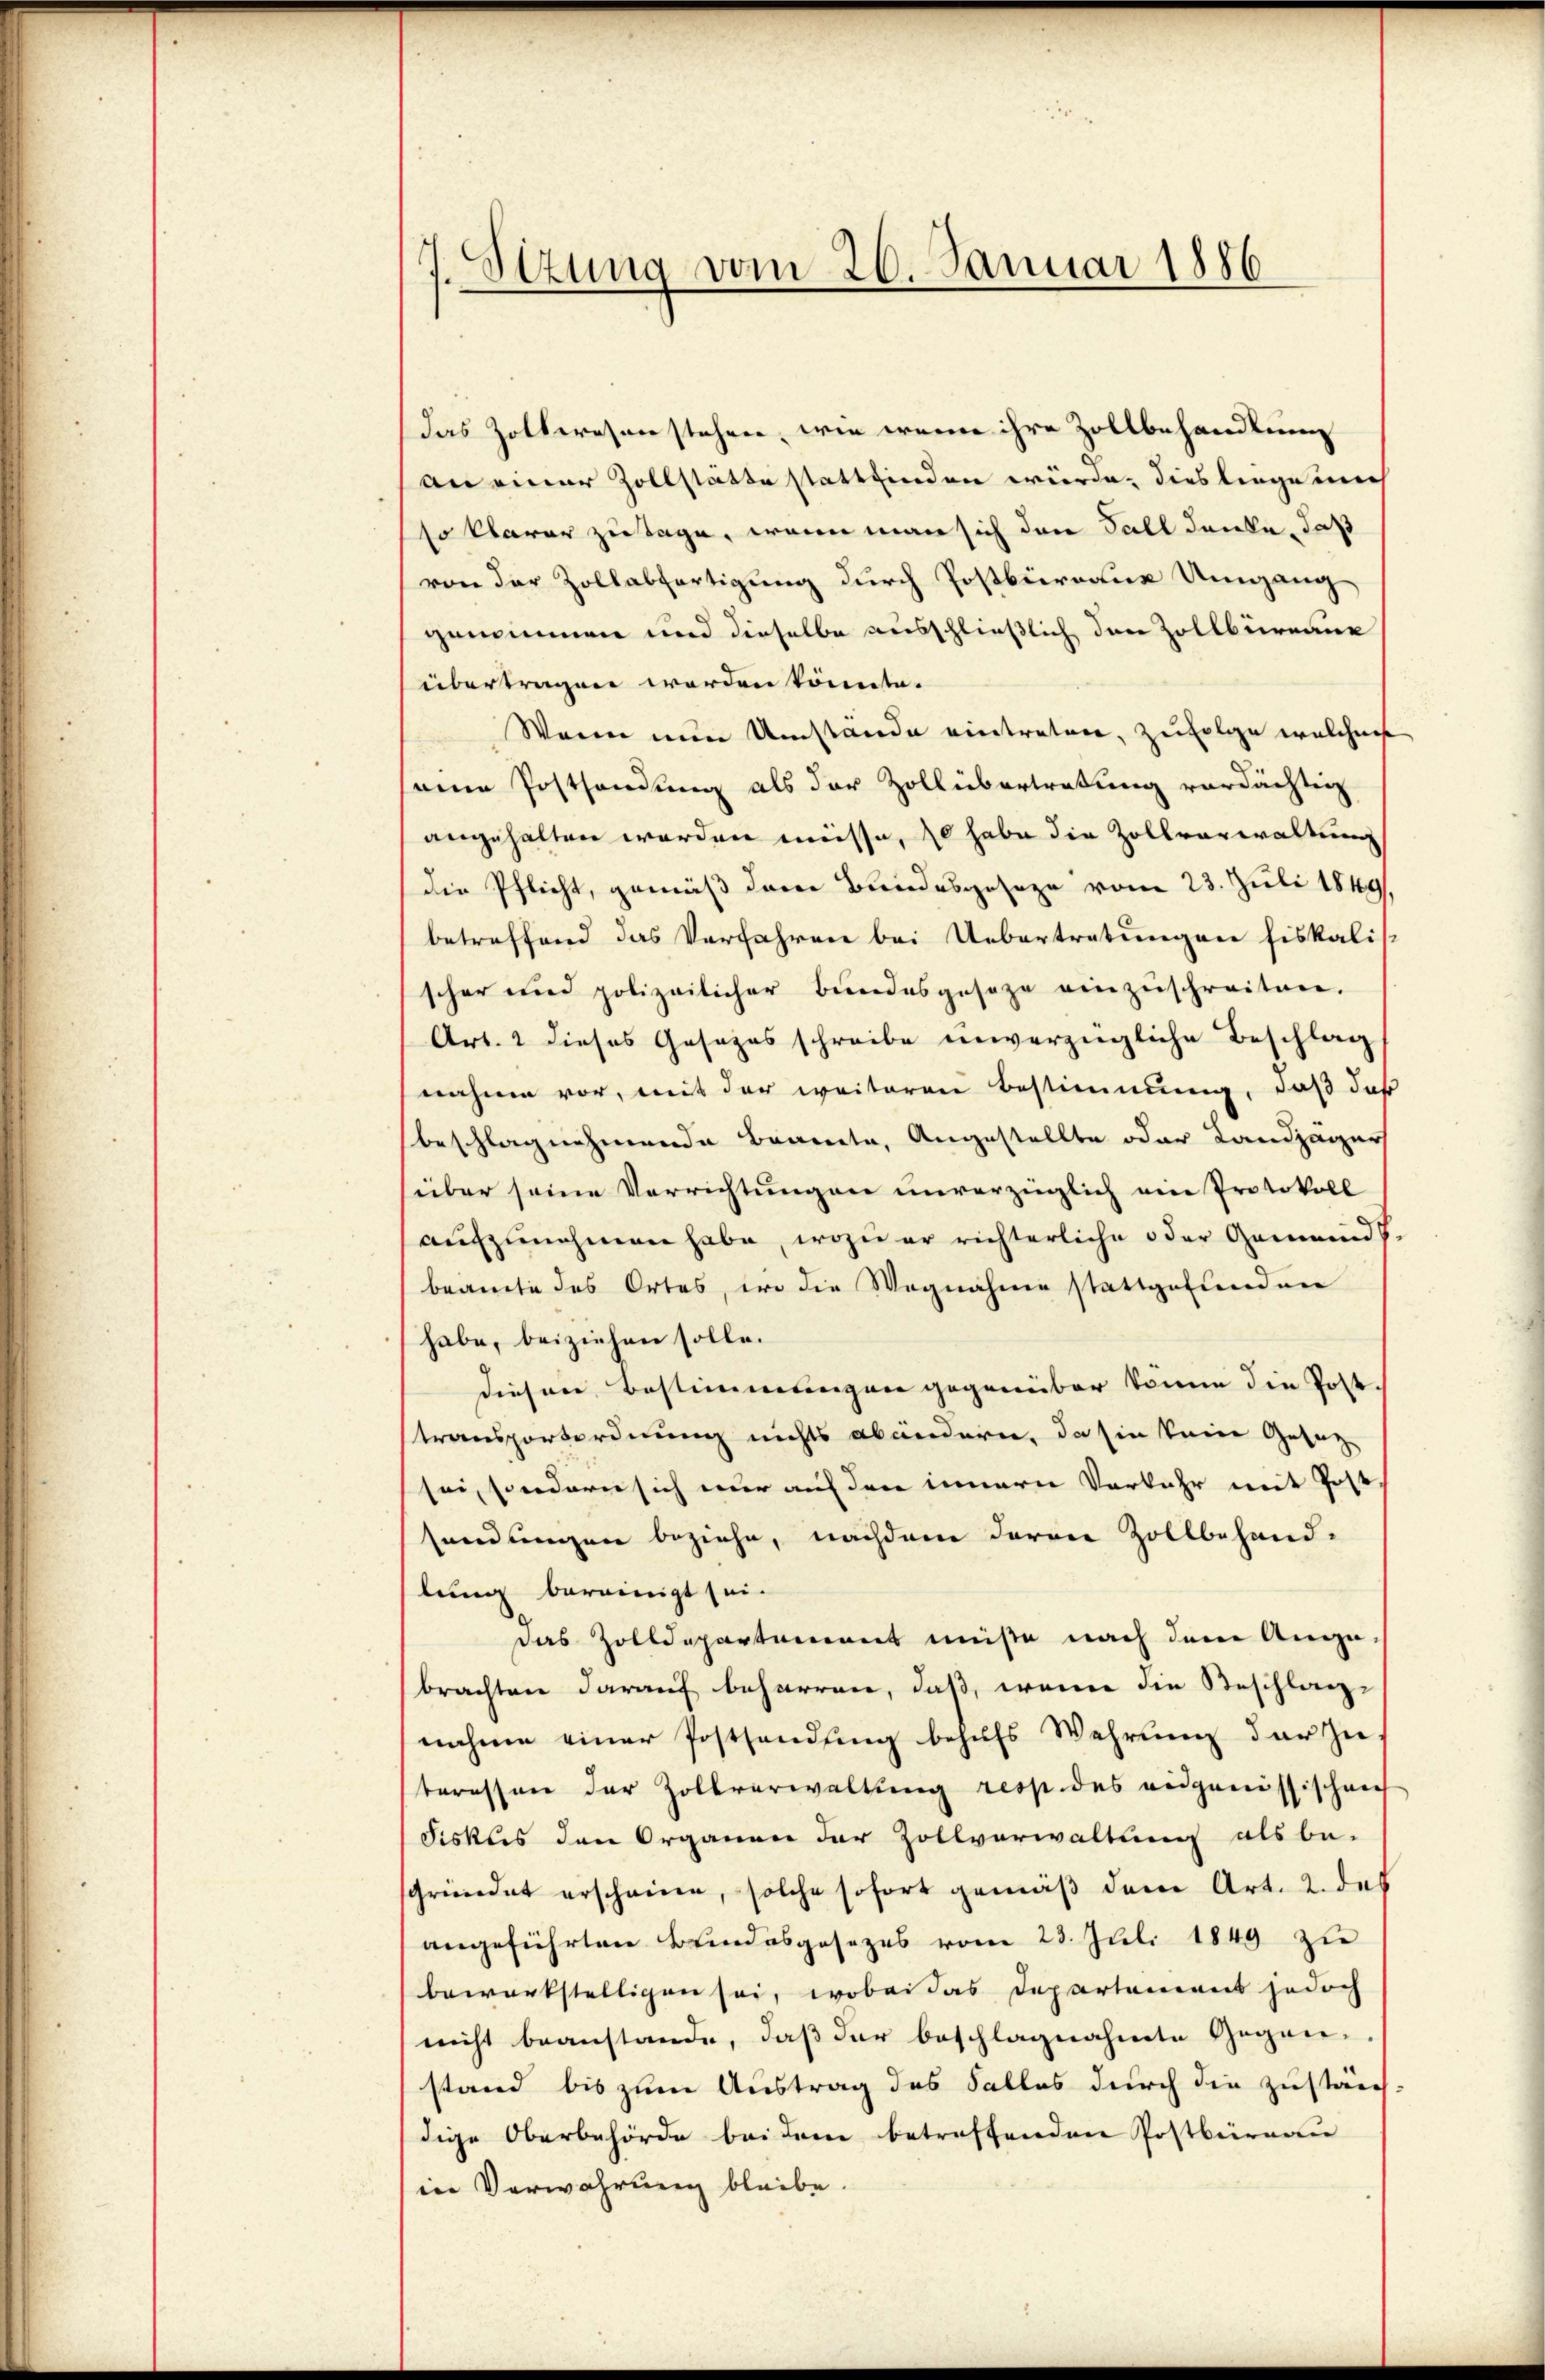
7.Ottung vom 26. Januar 1886.

das Zollwesen stehen, wie wenn ihre Zollbehandlung
an einer Zollstätte stattfinden würde, dies liege mich
so klarer zu Tage, wenn man sich den Fall denke, daß
von der Zollabfertigung durch Postbüreaux Umgang
genommen und dieselbe ausschließlich den Zollbüreaue
übertragen werden könnte.
Wann nun Umstände eintreten, zufolge welchen
seine Posthandlung als der Zollübertretung verdächtig
angehalten worden müsse, so habe die Zollverwaltung
(die Pflicht, gemäß derer Bundesgeseze vom 23. Juli 1849
betreffend das Verfahren bei Uebertretungen fiskali
scher und polizeilicher Bundesgesage einzŭschreiten.
Art. 2 dieses Gesezes schreibe unverzügliche Beschlag
nahme vor, mit der weiteren Bestimmung, daß daß
beschlagnehmende Branta, Angestellte oder Landjäger
süber seine Verrichtungen unverzüglich ein Protokoll
aufzunehmen habe, wozu er richterliche oder Gemeinds-
beamte des Ortes, wo die Wegnahme stattgefunden
habe, beiziehen solle.
diesen Bestimmungen gegenüber könne die Post
stransportordnung nichts abändern, da sie keine Gesetz
sei, sondern sich nur auf den innern Vorkehr mit Post
sendungen beziehe, nachdem darau Zollbehand-
lung bereinigt sei.
das Zolldepartement müße nach dem Angebrachten darauf beharren, daß, wenn die Beschlag-
nahme einer Postsendung behufs Wehrung der zu
teressen der Zollverwaltung resp. des eidgenössischen
Fiskus den Organen der Zollverwaltung als be-
sgründet erscheine, solche sofort gemäß den Art. 2. des
angeführten Brindesgesezes vom 23. Juli 1849 zu
bewerkstelligen sei, wobei das Departement jedoch
nicht beanstande, daß der beschlagnahmte Gegenstand bis zum Austrag des Falles durch die zuständ
dige Oberbehörde bei dem betreffenden Postbüreau
in Verwahrung bleibe.